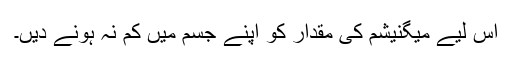
اس لیے میگنیشم کی مقدار کو اپنے جسم میں کم نہ ہونے دیں۔